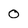
Character: 0